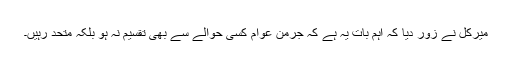
میرکل نے زور دیا کہ اہم بات یہ ہے کہ جرمن عوام کسی حوالے سے بھی تقسیم نہ ہو بلکہ متحد رہیں۔